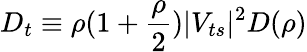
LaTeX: D_{t}\equiv\rho(1+{\frac{\rho}{2}})\vert V_{ts}\vert^{2}D(\rho)